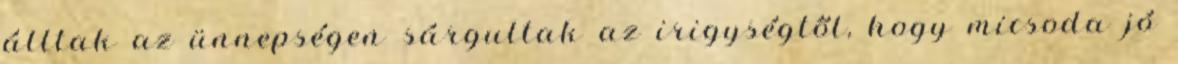
álltak az ünnepségen sárgultak az irigységtől, hogy micsoda jó